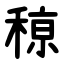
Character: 䅫